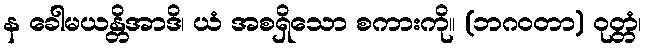
န ခေါမယန္တိအာဒိ၊ ယံ အစရှိသော စကားကို။ (ဘဂဝတာ) ဝုတ္တံ၊